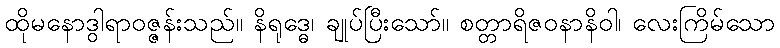
ထိုမနောဒွါရာဝဇ္ဇန်းသည်။ နိရုဒ္ဓေ၊ ချုပ်ပြီးသော်။ စတ္တာရိဇဝနာနိဝါ၊ လေးကြိမ်သော